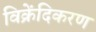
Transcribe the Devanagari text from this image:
विक्रेंदिकरण